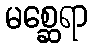
မစ္ဆေရာ